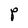
Character: P